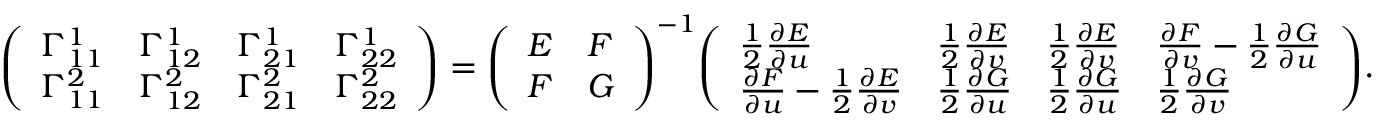
{ \left( \begin{array} { l l l l } { \Gamma _ { 1 1 } ^ { 1 } } & { \Gamma _ { 1 2 } ^ { 1 } } & { \Gamma _ { 2 1 } ^ { 1 } } & { \Gamma _ { 2 2 } ^ { 1 } } \\ { \Gamma _ { 1 1 } ^ { 2 } } & { \Gamma _ { 1 2 } ^ { 2 } } & { \Gamma _ { 2 1 } ^ { 2 } } & { \Gamma _ { 2 2 } ^ { 2 } } \end{array} \right) } = { \left( \begin{array} { l l } { E } & { F } \\ { F } & { G } \end{array} \right) } ^ { - 1 } { \left( \begin{array} { l l l l } { { \frac { 1 } { 2 } } { \frac { \partial E } { \partial u } } } & { { \frac { 1 } { 2 } } { \frac { \partial E } { \partial v } } } & { { \frac { 1 } { 2 } } { \frac { \partial E } { \partial v } } } & { { \frac { \partial F } { \partial v } } - { \frac { 1 } { 2 } } { \frac { \partial G } { \partial u } } } \\ { { \frac { \partial F } { \partial u } } - { \frac { 1 } { 2 } } { \frac { \partial E } { \partial v } } } & { { \frac { 1 } { 2 } } { \frac { \partial G } { \partial u } } } & { { \frac { 1 } { 2 } } { \frac { \partial G } { \partial u } } } & { { \frac { 1 } { 2 } } { \frac { \partial G } { \partial v } } } \end{array} \right) } .